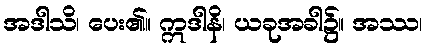
အဒါသိ၊ ပေး၏။ ဣဒါနိ၊ ယခုအခါ၌။ အဿ၊